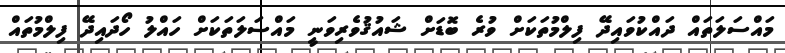
މައްސަލަތައް ދައްކުވައިދޭ ފިލްމުތަކަށް ވުރެ ބޮޑަށް ޝައުޤުވެރިވަނީ މައްސަލަތަކަށް ހައްލު ހޯދައިދޭ ފިލްމުތައް